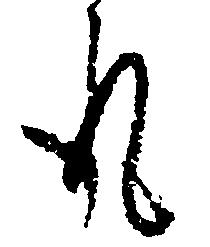
取